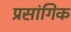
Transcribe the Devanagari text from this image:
प्रसांगिक